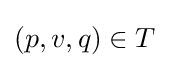
(p,v,q)\in T